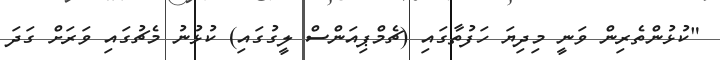
"ކުޅުންތެރިން ވަނީ މިދިޔަ ހަފުތާގައި (ޗެމްޕިއަންސް ލީގުގައި) ކުޅުނު މެޗުގައި ވަރަށް ގަދަ